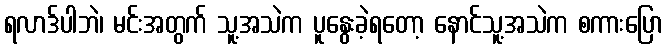
ရလာဒ်ပါဘဲ၊ မင်းအတွက် သူ့အသဲက ပူနွေးခဲ့ရတော့ နောင်သူ့အသဲက စကားပြော